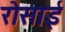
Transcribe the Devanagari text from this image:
रोसाई